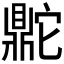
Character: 𬹨